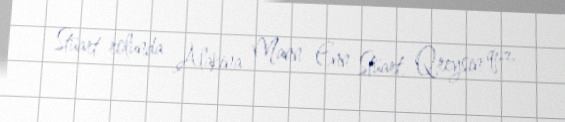
Stüart rolunda Alakina Mann Enn Stüart, Qreysin qızı.